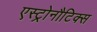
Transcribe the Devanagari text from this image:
एस्ट्रोनौटिक्स